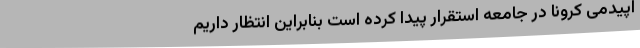
اپیدمی کرونا در جامعه استقرار پیدا کرده است بنابراین انتظار داریم